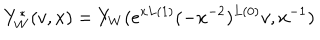
LaTeX: Y _ { W } ^ { * } ( v , x ) = Y _ { W } ( e ^ { x L ( 1 ) } ( - x ^ { - 2 } ) ^ { L ( 0 ) } v , x ^ { - 1 } )